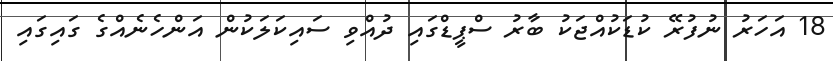
18 އަހަރު ނުފުރޭ ކުޑަކުއްޖަކު ބާރު ސްޕީޑްގައި ދުއްވި ސައިކަލަކުން އަންހެނެއްގެ ގައިގައި